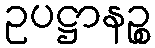
ဥပဋ္ဌာနဉ္စ